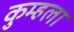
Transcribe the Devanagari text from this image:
कुम्हला